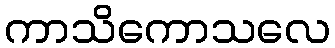
ကာသိကောသလေ